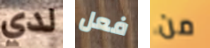
لدي فعل من